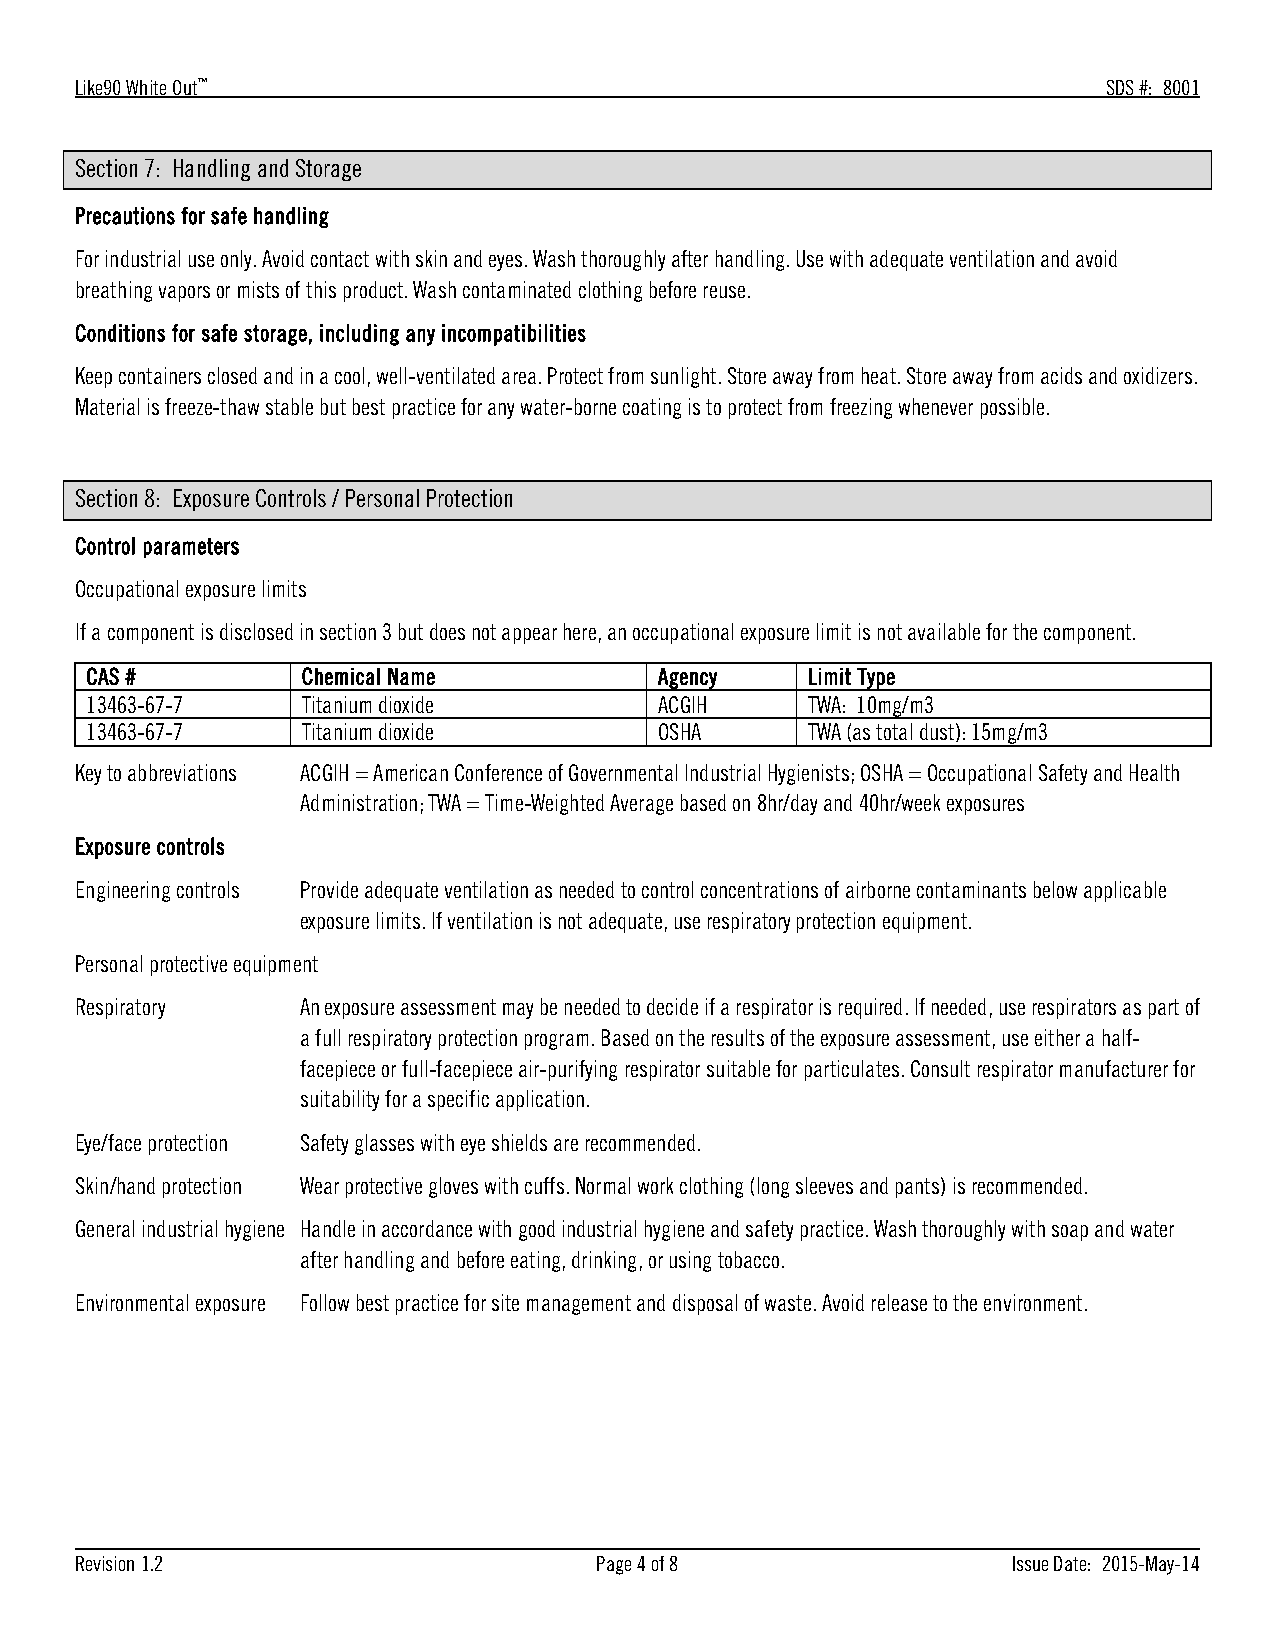
Like90 White Out™                                                   SDS #: 8001
 Section 7: Handling and Storage
 Precautions for safe handling
 For industrial use only. Avoid contact with skin and eyes. Wash thoroughly after handling. Use with adequate ventilation and avoid
 breathing vapors or mists of this product. Wash contaminated clothing before reuse.
 Conditions for safe storage, including any incompatibilities
 Keep containers closed and in a cool, well-ventilated area. Protect from sunlight. Store away from heat. Store away from acids and oxidizers.
 Material is freeze-thaw stable but best practice for any water-borne coating is to protect from freezing whenever possible.
 Section 8: Exposure Controls / Personal Protection
 Control parameters
 Occupational exposure limits
 If a component is disclosed in section 3 but does not appear here, an occupational exposure limit is not available for the component.
 CAS #         Chemical Name           Agency   Limit Type
 13463-67-7    Titanium dioxide        ACGIH    TWA: 10mg/m3
 13463-67-7    Titanium dioxide        OSHA     TWA (as total dust): 15mg/m3
 Key to abbreviations ACGIH = American Conference of Governmental Industrial Hygienists; OSHA = Occupational Safety and Health
 Administration; TWA = Time-Weighted Average based on 8hr/day and 40hr/week exposures
 Exposure controls
 Engineering controls Provide adequate ventilation as needed to control concentrations of airborne contaminants below applicable
 exposure limits. If ventilation is not adequate, use respiratory protection equipment.
 Personal protective equipment
 Respiratory    An exposure assessment may be needed to decide if a respirator is required. If needed, use respirators as part of
 a full respiratory protection program. Based on the results of the exposure assessment, use either a half-
 facepiece or full-facepiece air-purifying respirator suitable for particulates. Consult respirator manufacturer for
 suitability for a specific application.
 Eye/face protection Safety glasses with eye shields are recommended.
 Skin/hand protection Wear protective gloves with cuffs. Normal work clothing (long sleeves and pants) is recommended.
 General industrial hygiene Handle in accordance with good industrial hygiene and safety practice. Wash thoroughly with soap and water
 after handling and before eating, drinking, or using tobacco.
 Environmental exposure Follow best practice for site management and disposal of waste. Avoid release to the environment.
 Revision 1.2                      Page 4 of 8                 Issue Date: 2015-May-14